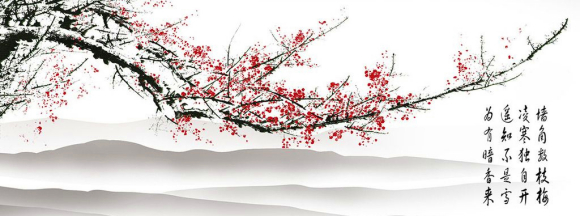
墙角数枝梅，凌寒独自开。